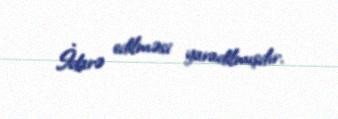
İdarə edilməsi yaradilmışdır.